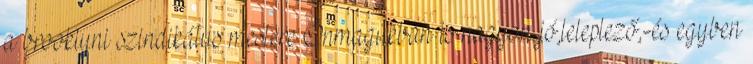
a brooklyni szindikátus mestere Önmagukban is nagyon jó,leleplező,-és egyben